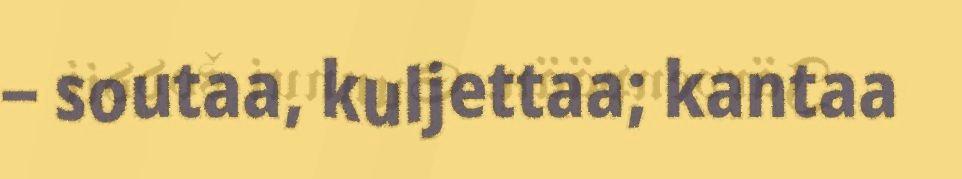
– soutaa, kuljettaa; kantaa